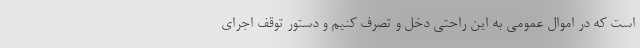
است که در اموال عمومی به این راحتی دخل و تصرف کنیم و دستور توقف اجرای